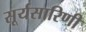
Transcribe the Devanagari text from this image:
सूर्यसारिणी